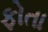
ફોતા